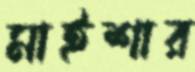
মাইশার